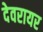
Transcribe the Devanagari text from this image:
देवरायर